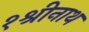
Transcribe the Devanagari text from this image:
१श्रीनाथ